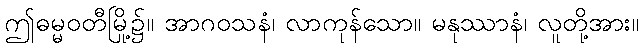
ဤဓမ္မဝတီမြို့၌။ အာဂဝသနံ၊ လာကုန်သော။ မနုဿာနံ၊ လူတို့အား။